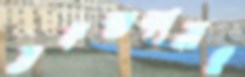
তদন্তকাজও